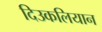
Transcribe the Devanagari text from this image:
दिउकलियान